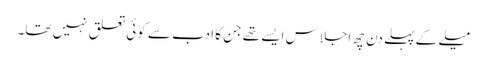
میلے کے پہلے دن چھ اجلاس ایسے تھے جن کا ادب سے کوئی تعلق نہیں تھا۔